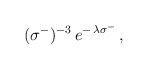
\begin{align*}\:(\sigma^{-})^{-3}\,e^{-\,\lambda \sigma^{-}} \,,\:\end{align*}